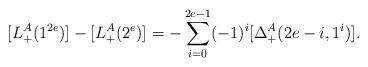
LaTeX: \begin{align*}[L^A_+(1^{2e})]-[L^A_+(2^e)]=-\sum_{i=0}^{2e-1}(-1)^i[\Delta^A_+(2e-i, 1^i)].\end{align*}